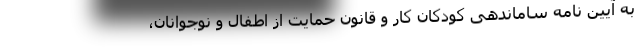
به آیین نامه ساماندهی کودکان کار و قانون حمایت از اطفال و نوجوانان،